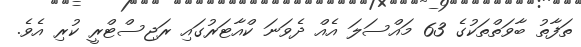
ތަފާތު ބާވަތްތަކުގެ 63 މައްސަލަ އެއް ދެވަނަ ކްއާޓަރުގައި ރަޖިސްޓްރީ ކުރި އެވެ.